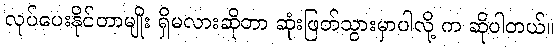
လုပ်ပေးနိုင်တာမျိုး ရှိမလားဆိုတာ ဆုံးဖြတ်သွားမှာပါလို့ က ဆိုပါတယ်။